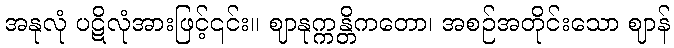
အနုလုံ ပဋိလုံအားဖြင့်၎င်း။ ဈာနုက္ကန္တိကတော၊ အစဉ်အတိုင်းသော ဈာန်